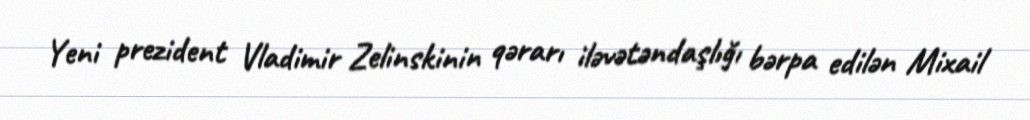
Yeni prezident Vladimir Zelinskinin qərarı iləvətəndaşlığı bərpa edilən Mixail